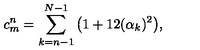
c _ { m } ^ { n } = \sum _ { k = n - 1 } ^ { N - 1 } \big ( 1 + 1 2 ( \alpha _ { k } ) ^ { 2 } \big ) ,